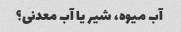
آب میوه، شیر یا آب معدنی؟